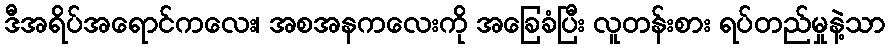
ဒီအရိပ်အရောင်ကလေး၊ အစအနကလေးကို အခြေခံပြီး လူတန်းစား ရပ်တည်မှုနဲ့သာ